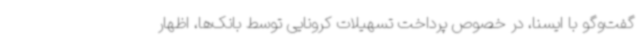
گفت‌وگو با ایسنا، در خصوص پرداخت تسهیلات کرونایی توسط بانک‌ها، اظهار